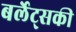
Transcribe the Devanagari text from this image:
बर्लेट्सकी